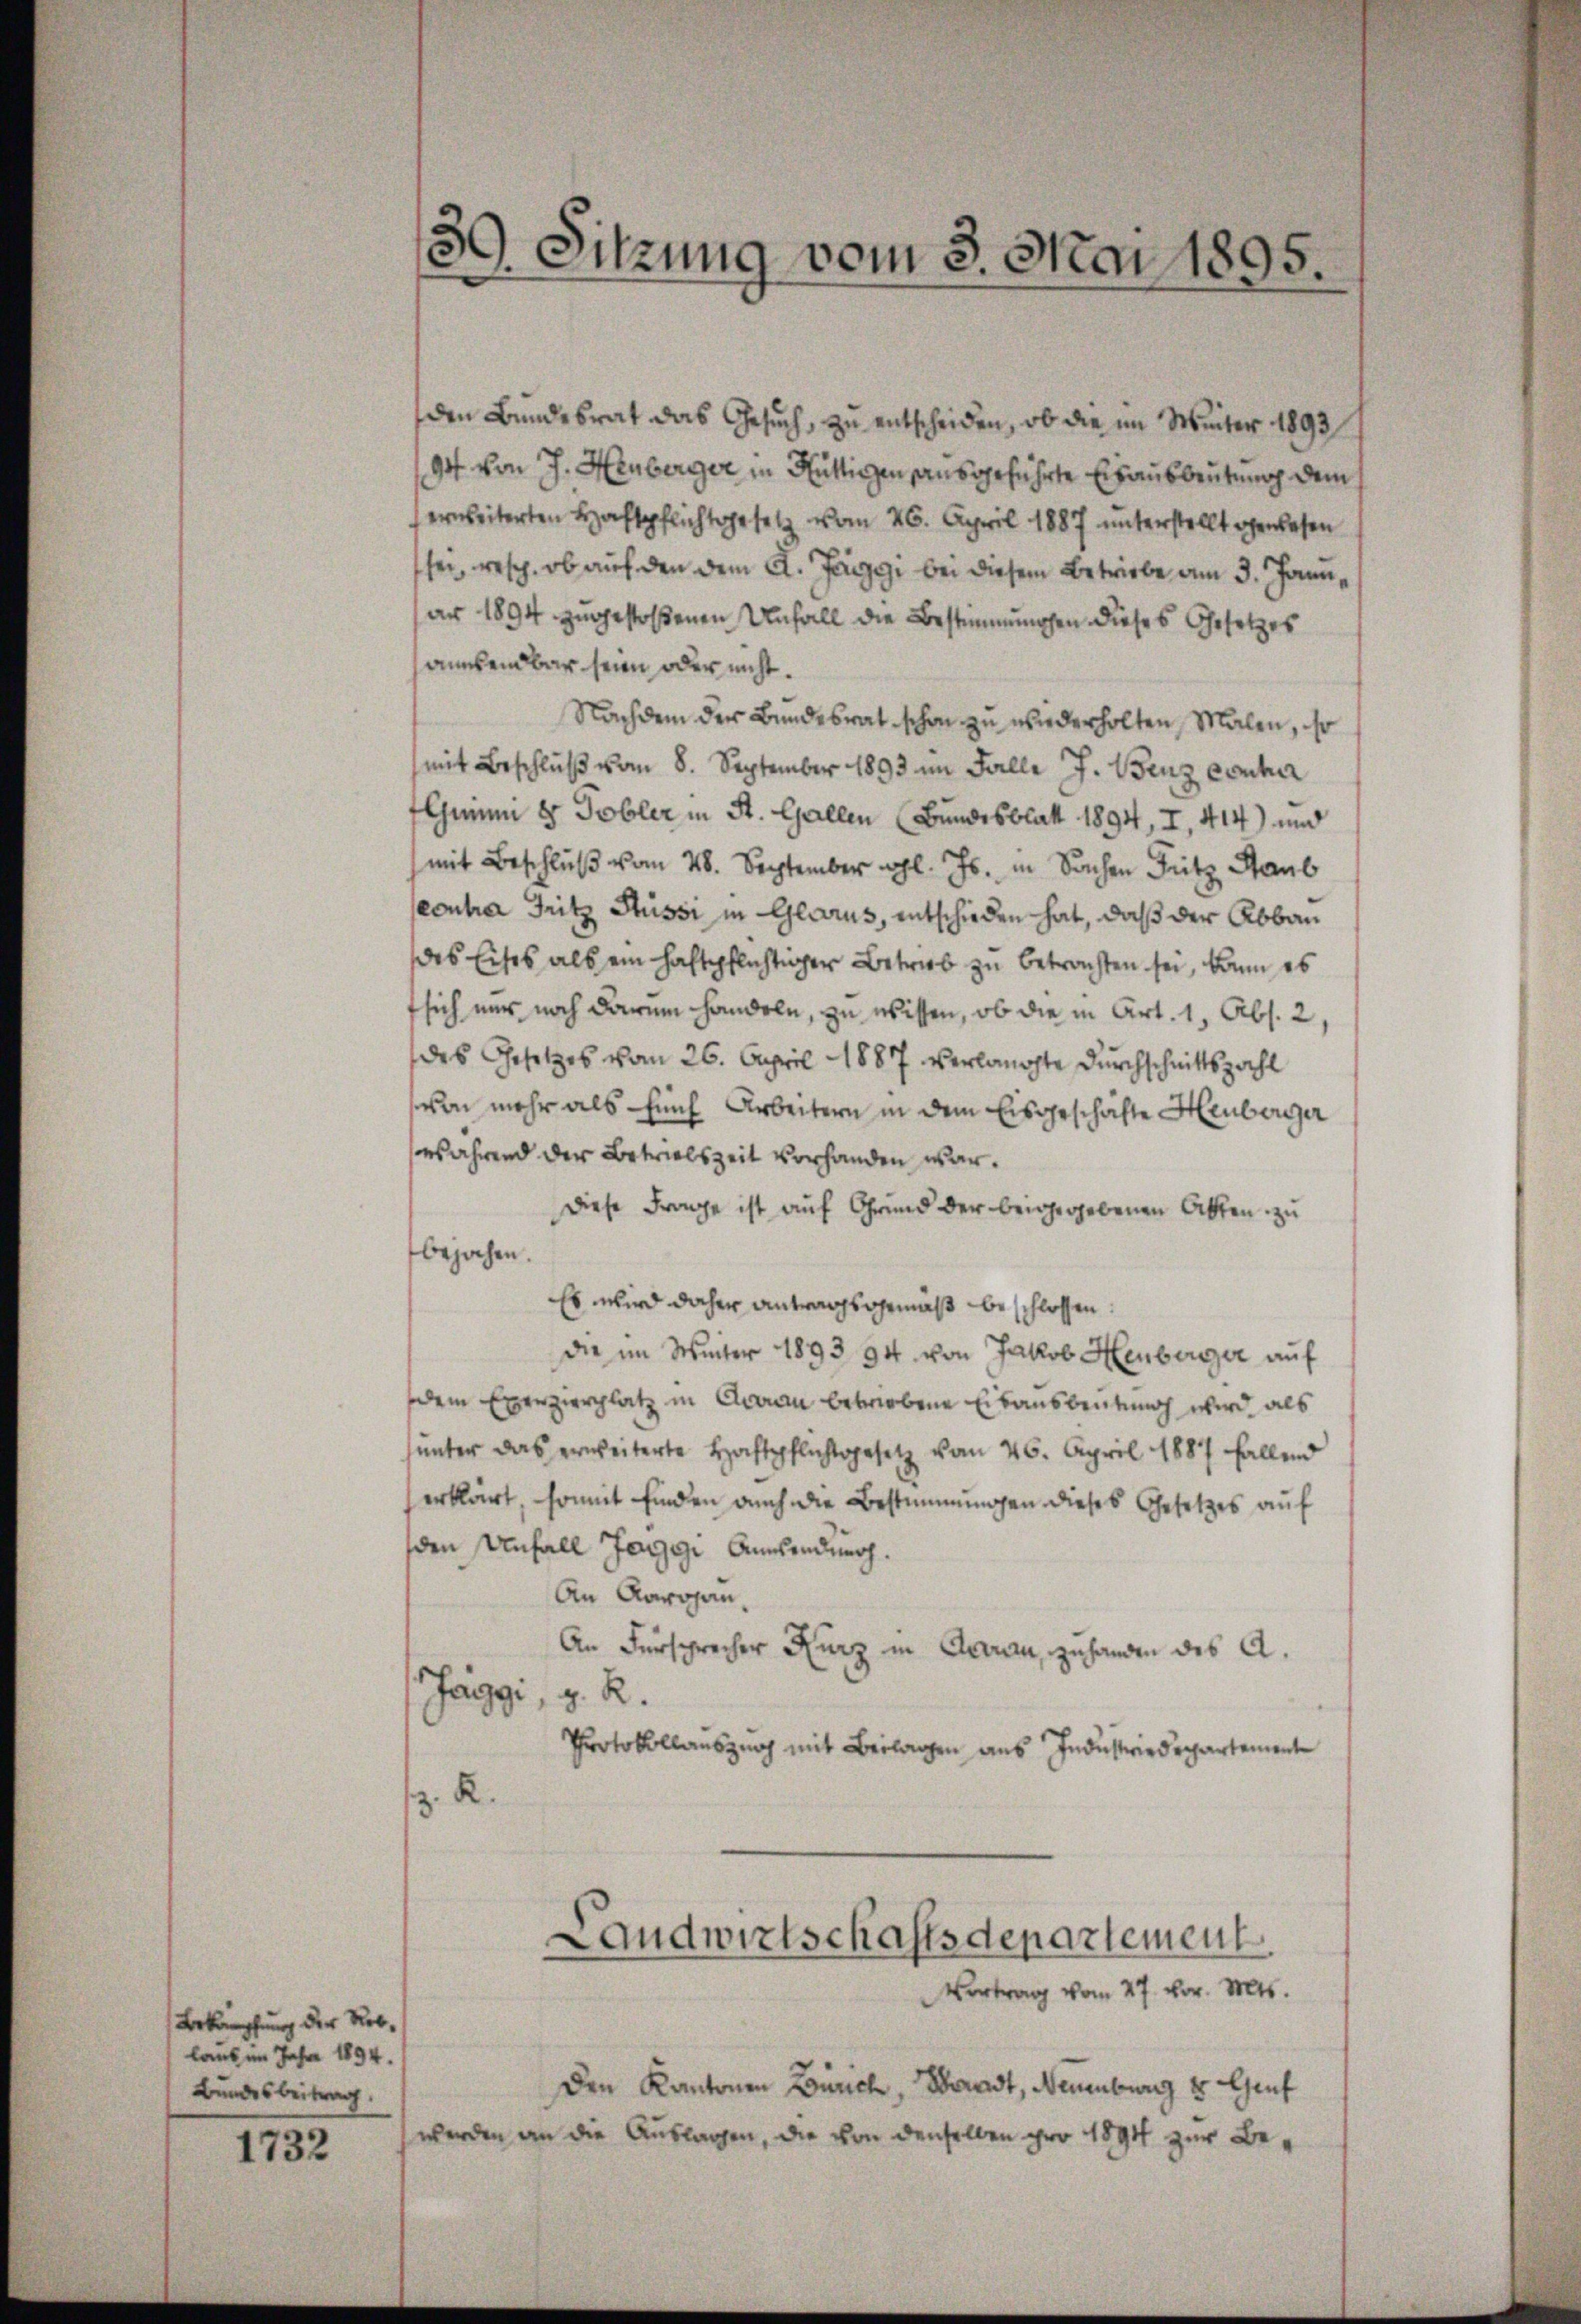
Bekämpfung der Reblaus im Jahre 1894.
Bundesbeitrag.

1732

den Bundesrat das Gesuch, zu entscheiden, ob die im Weiter 1893
94 von J. Heuberger in Hüttigen ausgeführte Erhausbeutung dem
ernbeiterten Haftpflichtgesetz vom 26. April 1887 unterstellt gewesen
sei, resch., ob auf den dem A. Jaggi bei diesem Betriebe am 3. Januar 1894. zugestoßenen Unfall die Bestimmungen dieses Gesetzes
anchendbar sein oder nicht.
Nachdem der Bundesrat schon zu wiederholten, Malen, so
mit Beschluß vom 8. September 1893 im Falle J. Benz eonhar
Gminm 8. Tobler in St. Gallen (Bundesblatt 1894, I. 414) und
mit Beschluß vom 28. September l. Js. in Sachen Fritz Staub
conher Fritz Süssi in Glarus, entschieden hat, daß der Abbau
des Eises als ein Haftpflichtiger Betrieb zu betrachten sei, kann es
fsich nur noch darum handeln, zu wissen, ob die in Art. 1, Abs. 2,
des Gesetzes vom 26. April 1887 verlangte Durchschnittszahl
von mehr als Euch Arbeitern in dem Eisgeschäfte Heuberger
während der Betrielszeit vorhanden war.
Diese Frage ist auf Grund der beigegebenen Akten zu
bejahen.
Es wird daher antragsgemäß beschlossen:
die im Winter 1893 94 von Jakob Heuberger auf
dem Exerzierplatz in Aarau betriebene Eisausbeutung wird, als
unter das erweiterte Haftpflichtsgesetz vom 26. April 1887 fallend
erklärt, somit finden auch die Bestimmungen dieses Gesetzes auf
den Unfall Jaggi Anwendung.
An Karajan.
An Fürsprecher Kurz in Aarau, zuhanden des A.
Jaggi, z. R.
Protokollauszug mit Beilagen aus Industriedepartementen
z. R.

30. Sitzung vom 3. Mai 1895.

Vortrag vom 27. vor. Mts.
Den Kantonen Zürich, Waadt, Neuenburg u Gruf
werden an die Auslagen, die von denselben pro 1891 zur Be¬

Landwirtschaftsdepartement